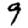
Digit: 9